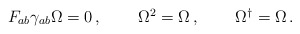
\begin{align*}\begin{array}{ccc}F_{ab}\gamma_{ab}\Omega=0\,,~~&~~\Omega^{2}=\Omega\,,~~&~~\Omega^{\dagger}=\Omega\,.\end{array}\end{align*}